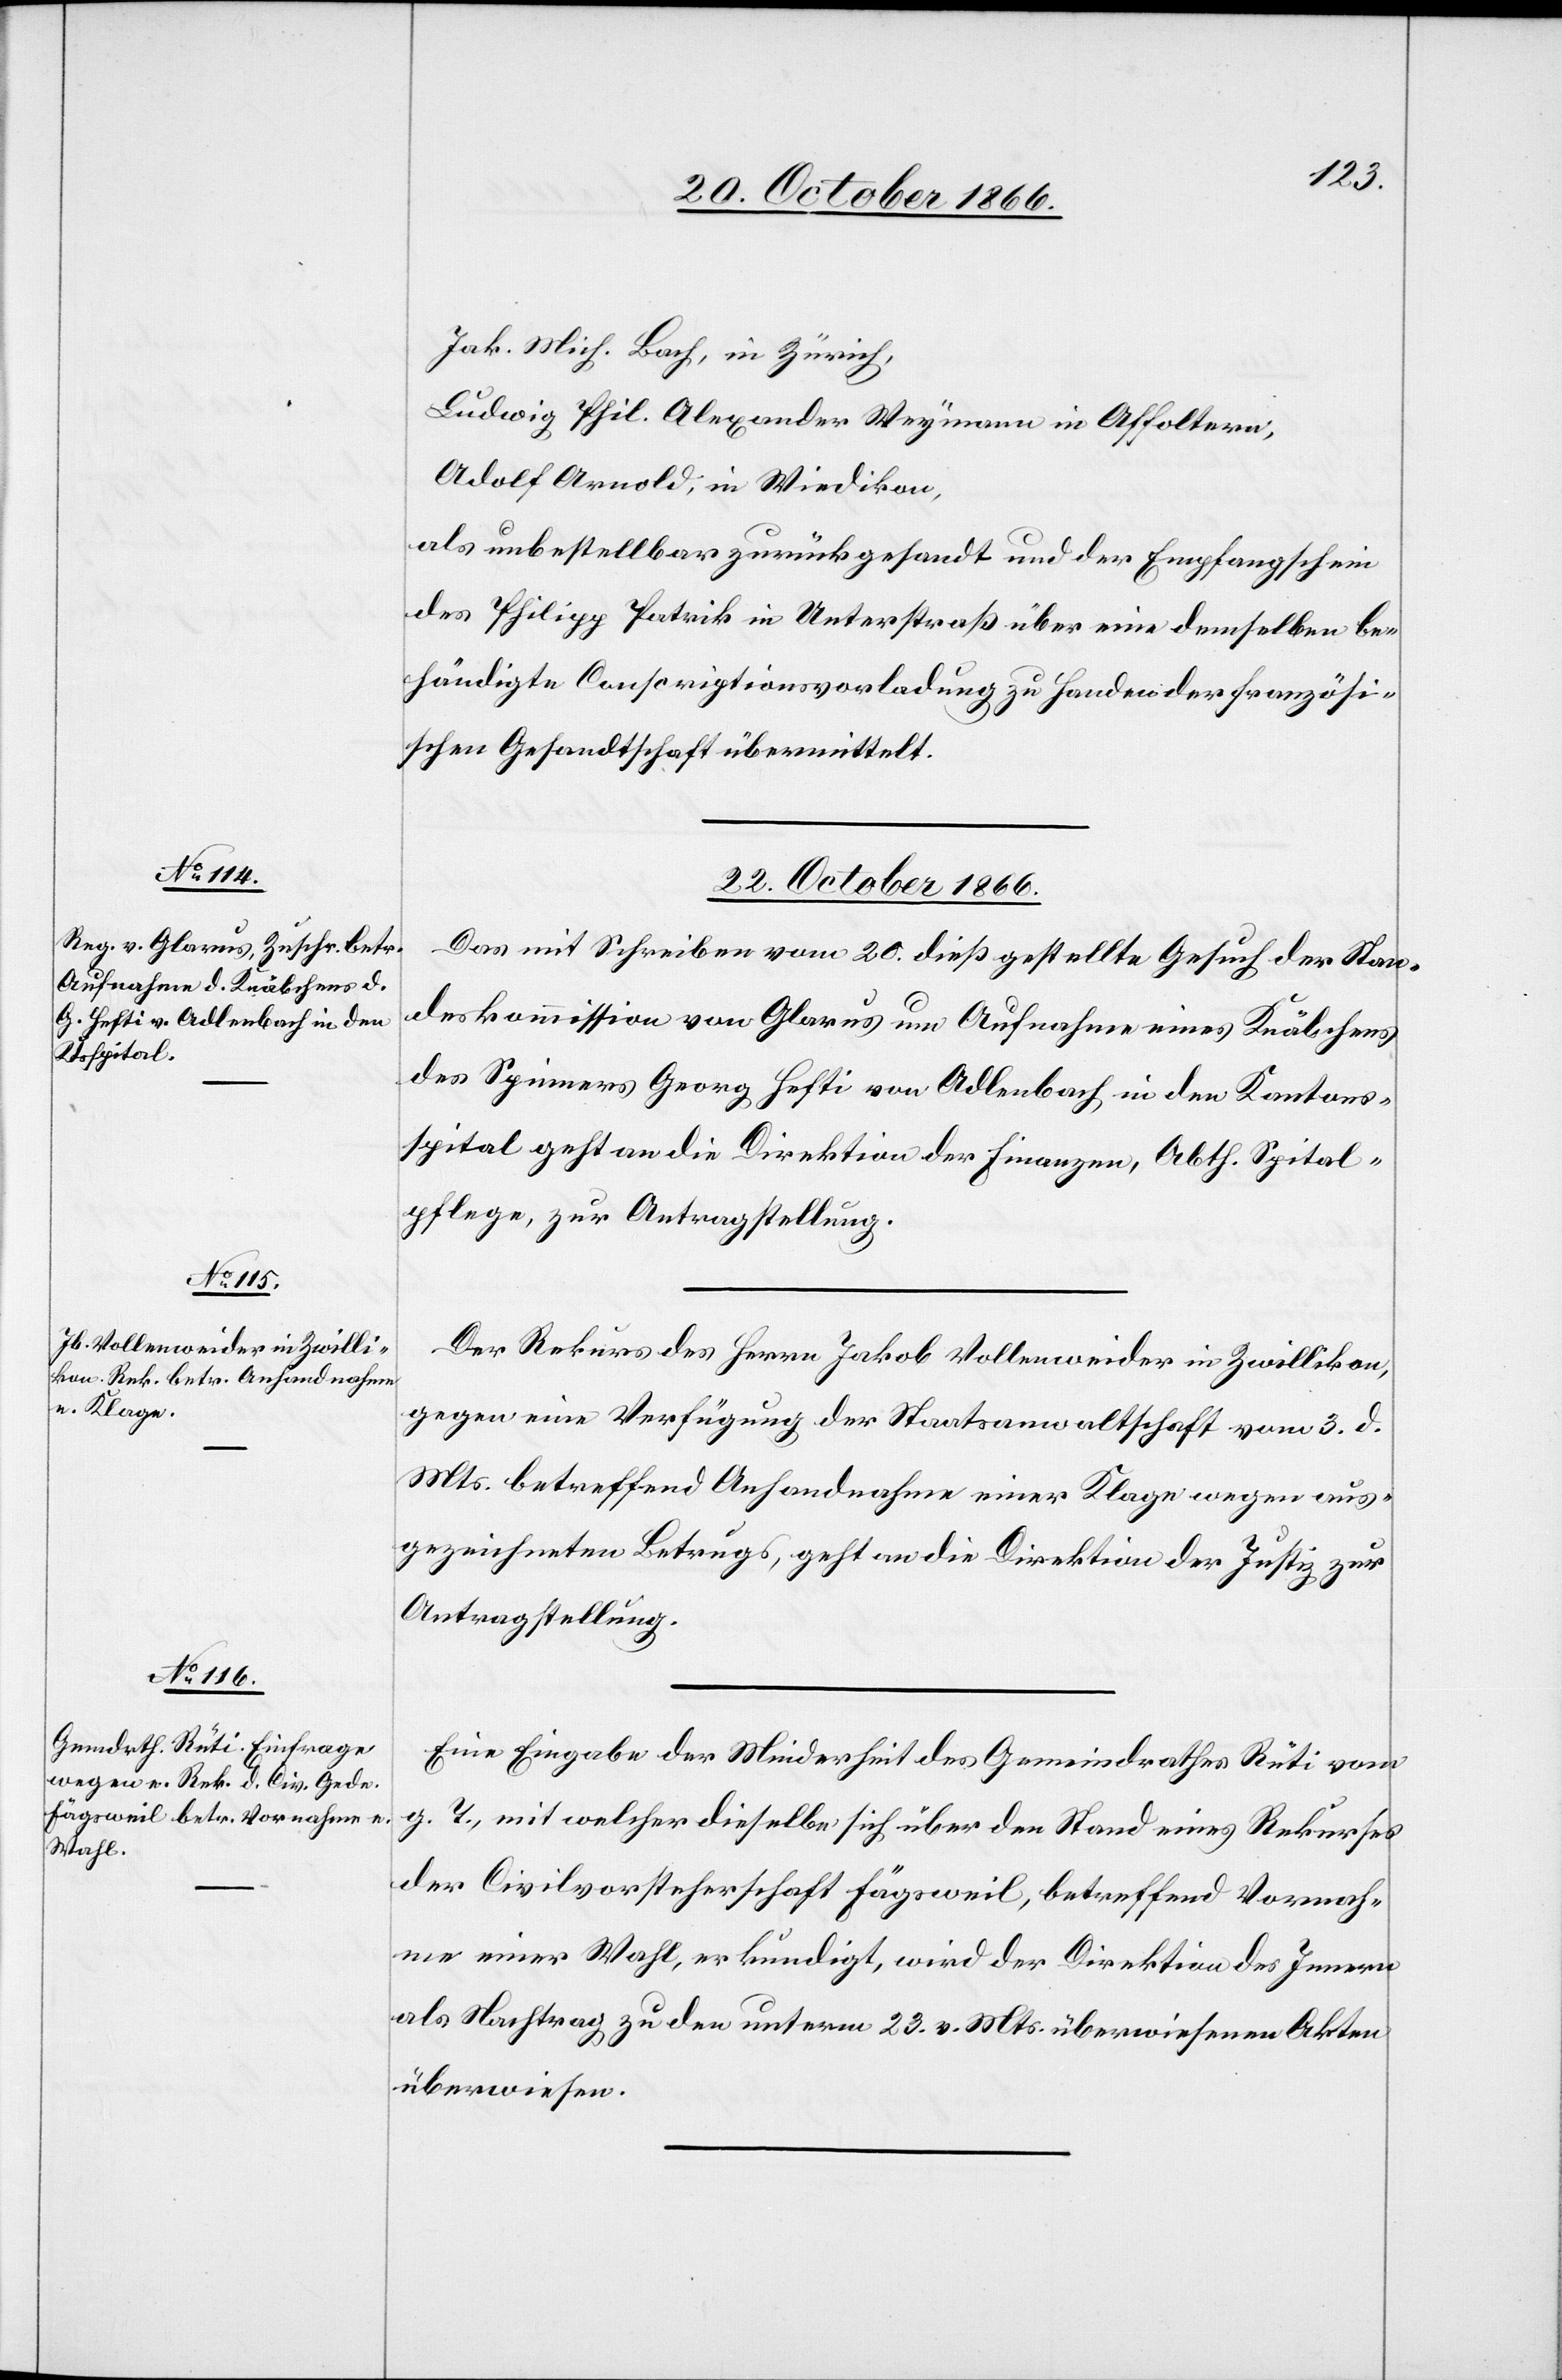
Jak. Mich. Bach, in Zürich,
Ludwig Phil. Alexander Weymann in Affoltern,
Adolf Arnold, in Wiedikon,
als unbestellbar zurückgesandt und der Empfangschein
des Philipp Patrik in Unterstraß über eine demselben be¬
händigte Conscriptionsvorladung zu Handen der französi¬
schen Gesandtschaft übermittelt.
22. October 1866.]
Das mit Schreiben vom 20. dieß gestellte Gesuch der Stan¬
deskommission von Glarus um Aufnahme eines Knäbchens
des Spinners Georg Hefti von Adlenbach, in den Kantons¬
spital geht an die Direktion der Finanzen, Abth. Spital¬
pflege, zur Antragstellung.
Der Rekurs des Herrn Jakob Vollenweider in Zwillikon,
gegen eine Verfügung der Staatsanwaltschaft vom 3. d.
Mts. betreffend Anhandnahme einer Klage wegen aus¬
gezeichneten Betrugs, geht an die Direktion der Justiz zur
Antragstellung.
Eine Eingabe der Minderheit des Gemeindrathes Rüti vom
g. T., mit welcher dieselbe sich über den Stand eines Rekurses
der Civilvorsteherschaft Fägsweil, betreffend Vornah¬
me einer Wahl, erkundigt, wird der Direktion des Innern
als Nachtrag zu den unterm 23. v. Mts. überwiesenen Akten
überwiesen.